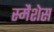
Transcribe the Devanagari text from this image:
स्मैशेस